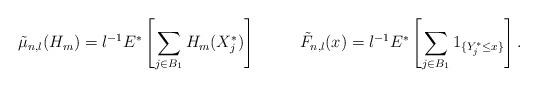
LaTeX: \begin{align*}\tilde \mu_{n,l}(H_m) = l^{-1} E^{\ast} \left [ \sum_{j \in B_1} H_m(X_j^{\ast}) \right ] \ \ \ \ \ \ \ \ \tilde F_{n,l}(x) = l^{-1} E^{\ast} \left [ \sum_{j \in B_1} 1_{\{Y_j^{\ast} \leq x \}} \right ]. \end{align*}